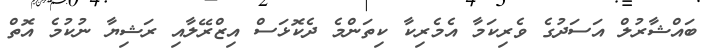
ބައްޝާރުލް އަސަދުގެ ވެރިކަމާ އެމެރިކާ ކިތަންމެ ދެކޮޅަސް އިޒްރޭލާއި ރަޝިޔާ ނުކުމެ އޮތް